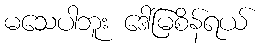
မသေပါဘူး ဒေါ်မြစိန်ရယ်